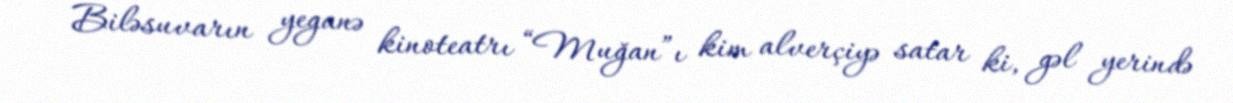
Biləsuvarın yeganə kinoteatrı “Muğan”ı kim alverçiyə satar ki, gəl yerində